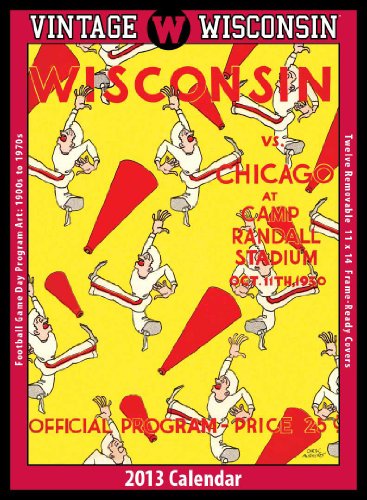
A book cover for Wisconsin Badgers 2013 Vintage Football Calendar; Asgard Press; Calendars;